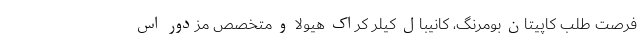
فرصت طلب کاپیتان بومرنگ، کانیبال کیلر کراک هیولا و متخصص مزدور اس